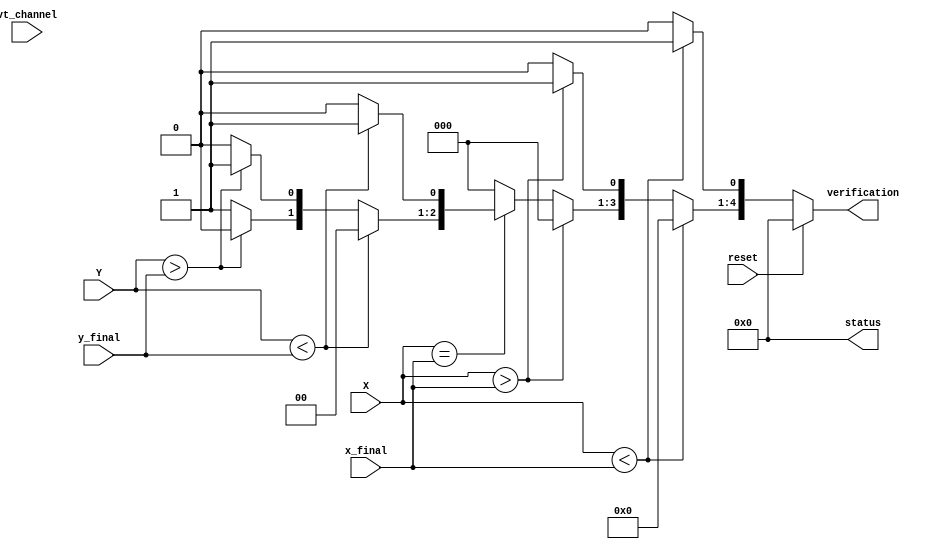
module XY_logic (verification, status,X, Y, x_final, y_final, vt_channel,reset);
  parameter MM = 2; // MM = (log2_LL)/2
  output reg [4:0] verification, status;
  input [MM-1:0] X, Y,x_final, y_final; // x,y = adresses
  input [2:0] vt_channel;
  input reset;
  /*
	0: Right
	1: Left
	2: Up
	3: Down
	4: Eject
  */	
  always @(*) // combinational Router logic
	if (reset)
		{verification, status} = 'b0;
	else begin
		{verification, status} = 'b0;//reset
		if(X < x_final) 		   verification[0] = 1;//Right
		else if(X > x_final)       verification[1] = 1;//Left
		else if(X == x_final)
		begin
		  if(Y < y_final)  	   	   verification[2] = 1;//Up
		  else if(Y > y_final)     verification[3] = 1;//Down
		  else 					   verification[4] = 1;//Eject
		end
	end
endmodule